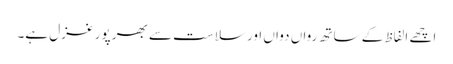
اچھے الفاظ کے ساتھ رواں دواں اور سلاست سے بھر پور غزل ہے۔